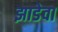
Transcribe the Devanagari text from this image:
झाडेवा